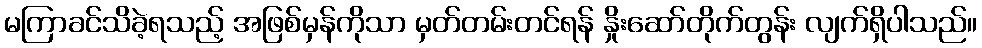
မကြာခင်သိခဲ့ရသည့် အဖြစ်မှန်ကိုသာ မှတ်တမ်းတင်ရန် နှိုးဆော်တိုက်တွန်း လျက်ရှိပါသည်။